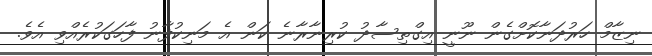
ނިޒާމް ހަރުދަނާކޮށްގެން ނޫނީ އިގްތިސާދު ކުރިނާރާނެ ކަން އެ މަނިކުފާނު ފާހަގަކުރެއްވި އެވެ.